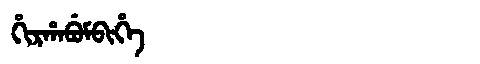
Manchu: ᡥᡳᡵᡥᠠᠪᡠᠮᠪᡳᡥᡝ
Romanization: HIRHABUMBIHE